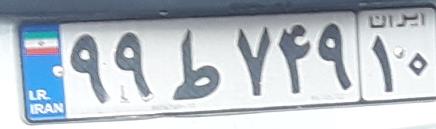
۹۹ط۷۴۹۱۰